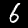
Digit: 6